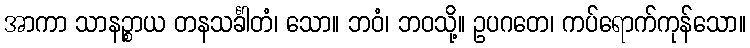
အာကာ သာနဉ္စာယ တနသင်္ခါတံ၊ သော။ ဘဝံ၊ ဘဝသို့။ ဥပဂတေ၊ ကပ်ရောက်ကုန်သော။